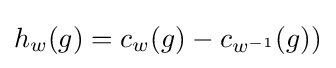
h_{w}(g)=c_{w}(g)-c_{w^{-1}}(g))